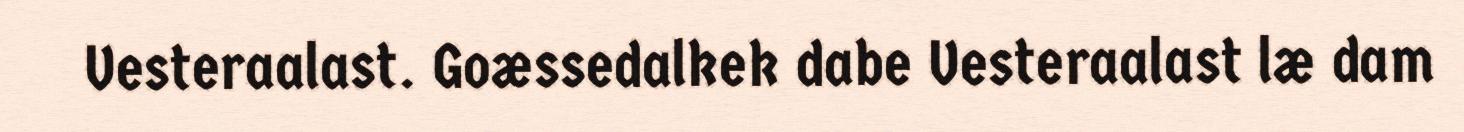
Vesteraalast. Goæssedalkek dabe Vesteraalast læ dam